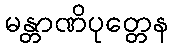
မန္တာဏိပုတ္တေန